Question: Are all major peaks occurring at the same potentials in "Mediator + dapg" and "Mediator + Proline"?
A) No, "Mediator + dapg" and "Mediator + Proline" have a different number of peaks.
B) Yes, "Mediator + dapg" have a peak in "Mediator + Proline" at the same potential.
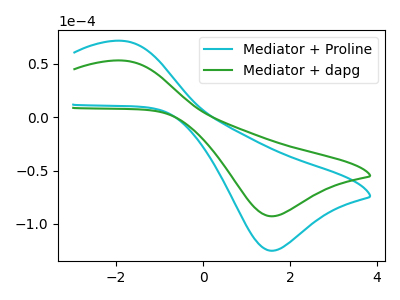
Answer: <think>The cyan curve "Mediator + Proline" has an anodic peak at (-1.85V, 71.40uA) and a cathodic peak at (1.60V, -125.10uA). The green curve "Mediator + dapg" has an anodic peak at (-1.85V, 52.95uA) and a cathodic peak at (1.60V, -92.85uA).</think>
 <answer>B) Yes, "Mediator + dapg" have a peak in "Mediator + Proline" at the same potential.</answer>
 <eval>B</eval>